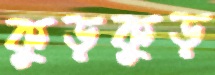
কুড়কুড়